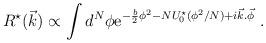
LaTeX: \begin{align*}R^{\star}(\vec{k})\propto \int d^N\phi {\rm e}^{-{b\over 2}\phi^2-NU_0^{\star}(\phi^2/N)+i\vec{k}.\vec{\phi}}\ .\end{align*}